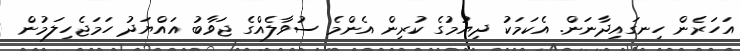
އަހަރެން ހިނގައިދާނަން. އެކަމަކު ދިޔުމުގެ ކުރިން އެންމެ ސުވާލެއްގެ ޖަވާބު އައްޔަދު ހަމަޖެހިލަމުން